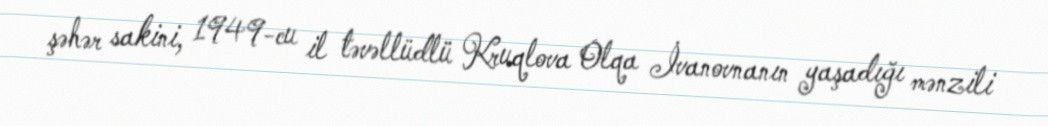
şəhər sakini, 1949-cu il təvəllüdlü Kruqlova Olqa İvanovnanın yaşadığı mənzili